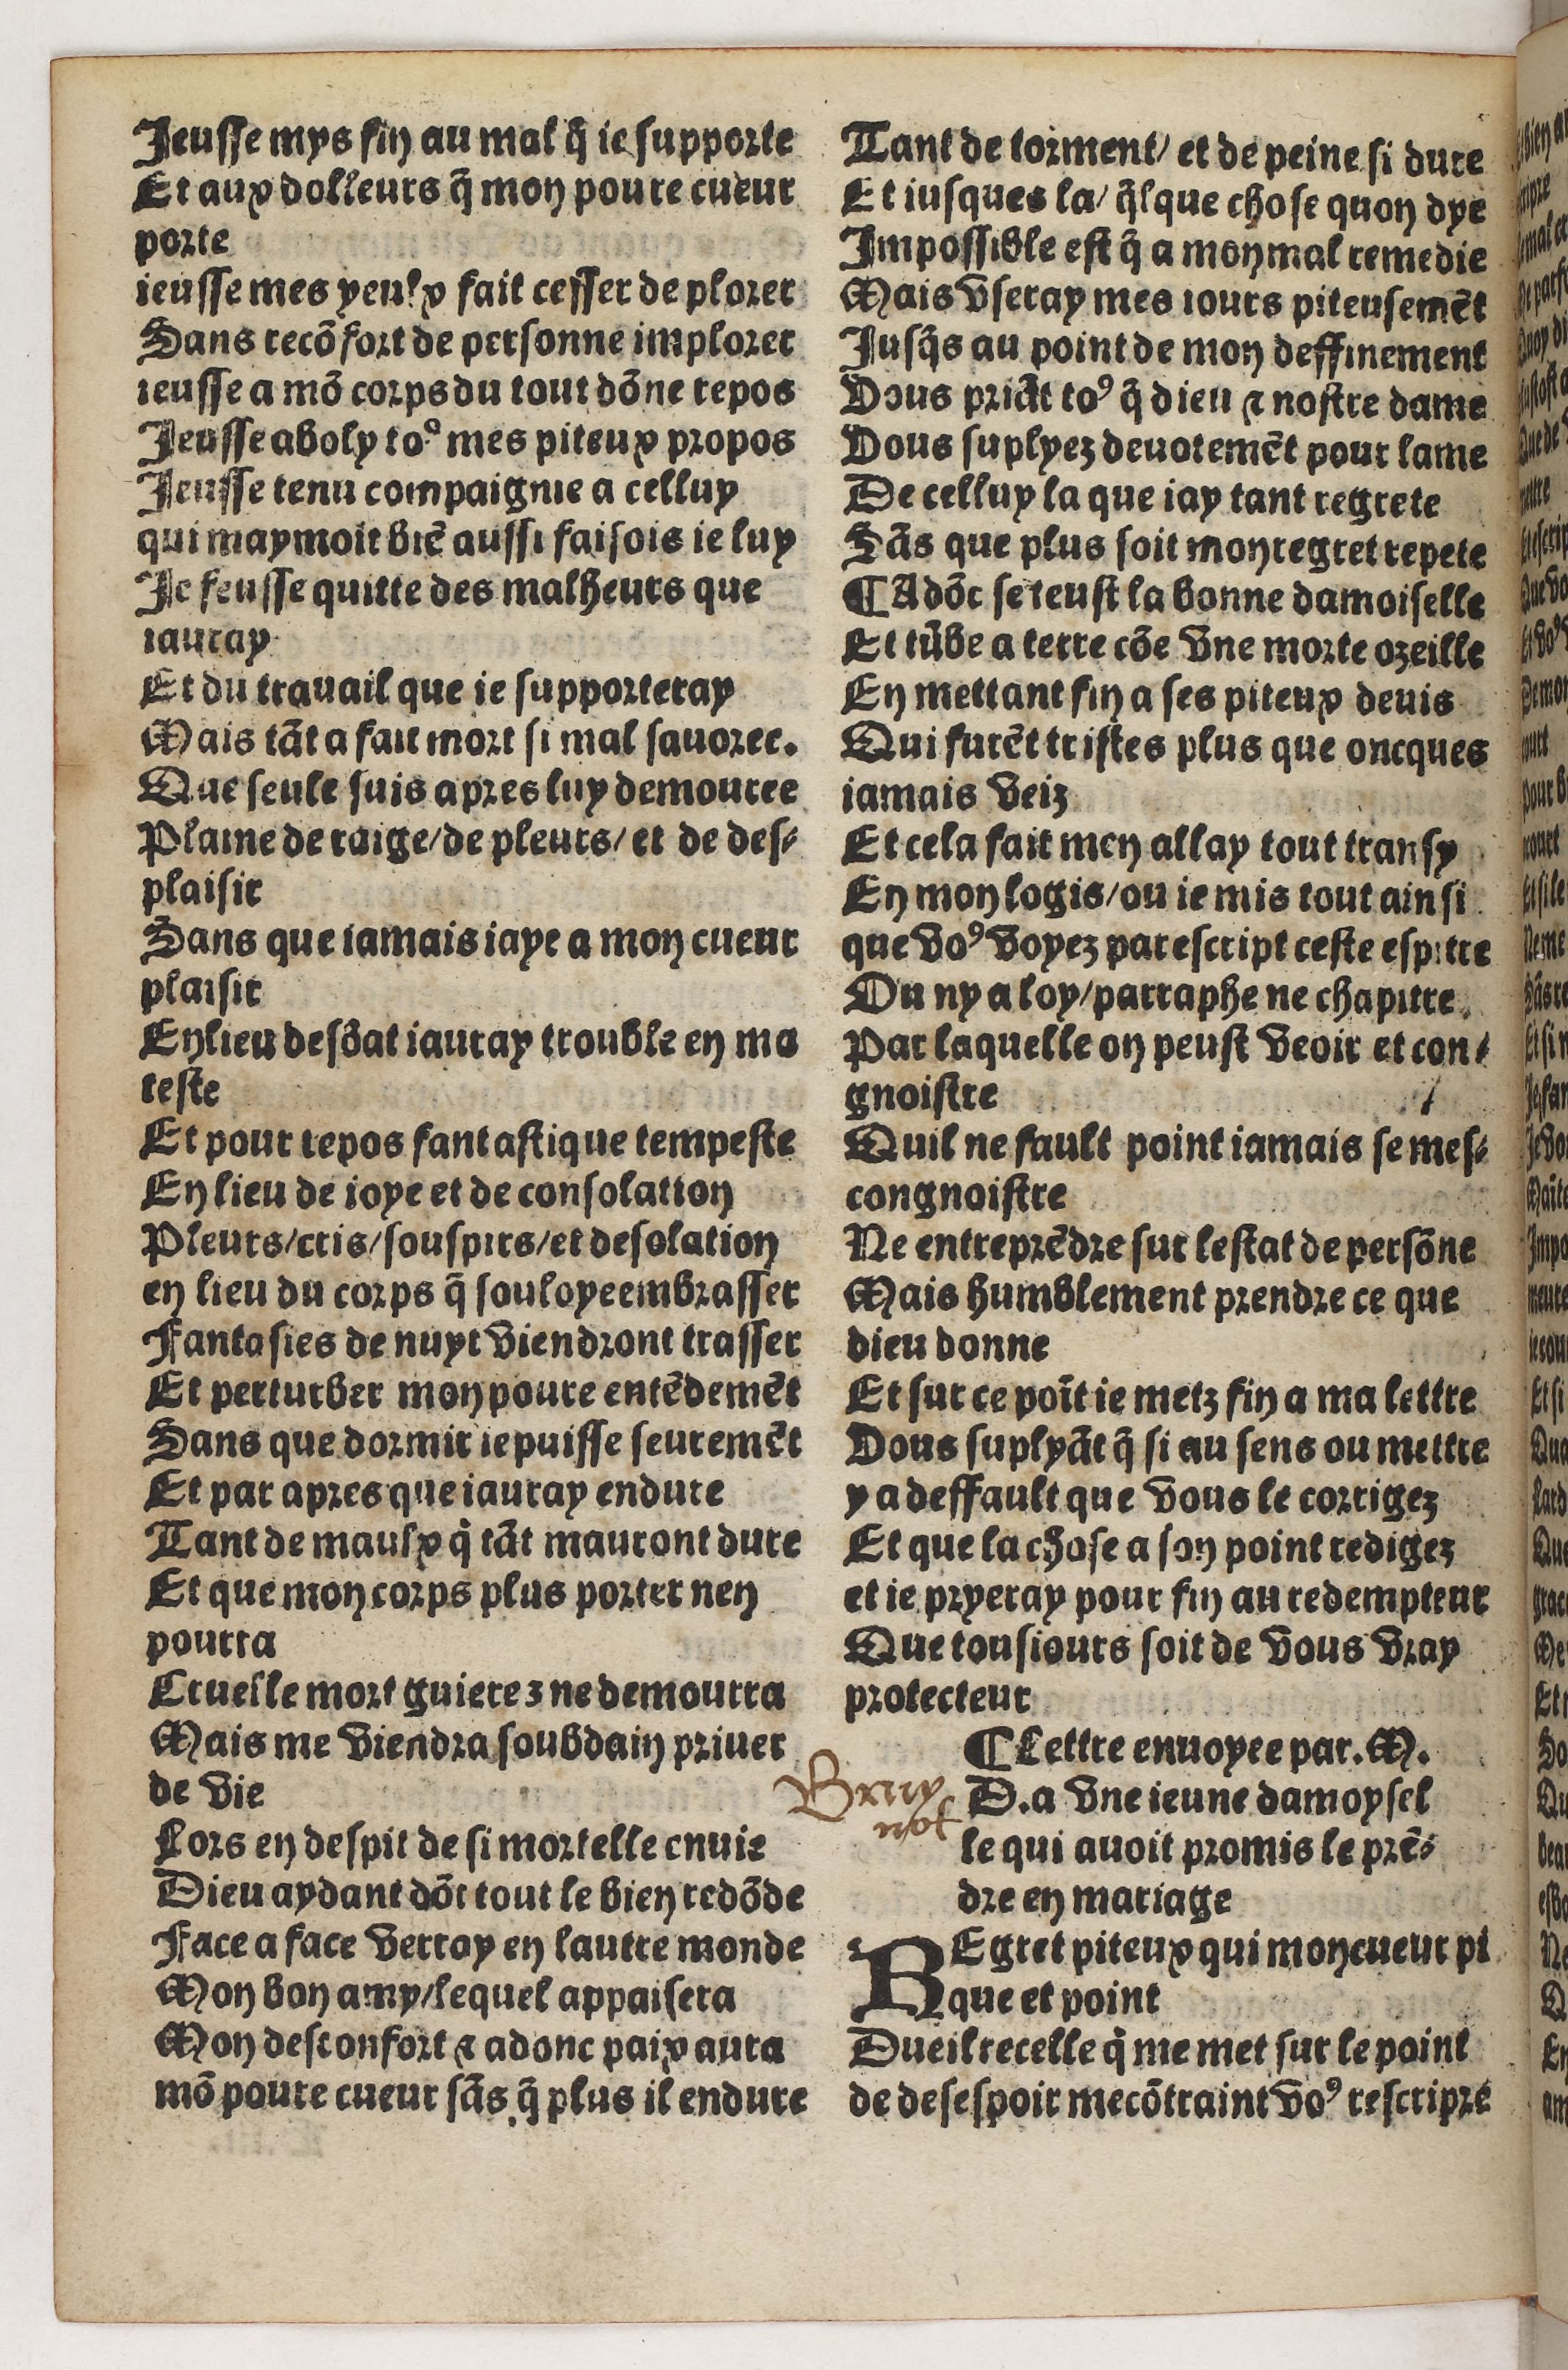
Shelfmark: Paris, BnF, Rés. Y2-930
Century: 15